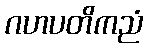
ဂဟပတိကညံ